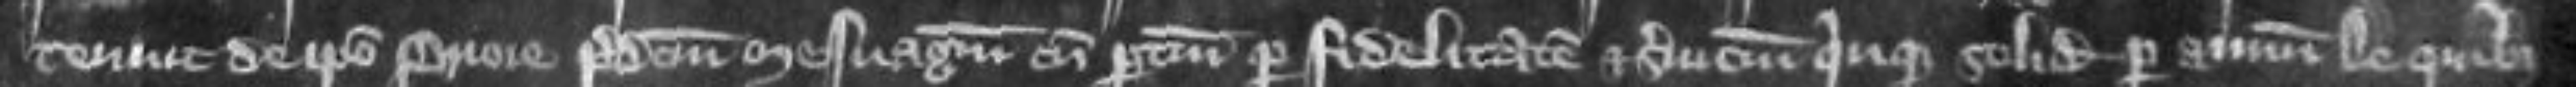
tenuit de ipso priore predictum me suagium cum pertinenciis per fidelitatem et servicium quinque solidorum per annum de quibus